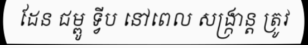
ដែន ជម្ពូ ទ្វីប នៅពេល សង្ក្រាន្ត ត្រូវ